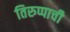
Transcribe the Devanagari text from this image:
तिरुप्पाची